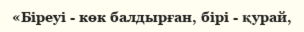
«Біреуі - көк балдырған, бірі - қурай,